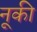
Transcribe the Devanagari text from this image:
नूकी